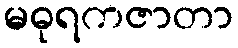
မဓုရကဇာတာ